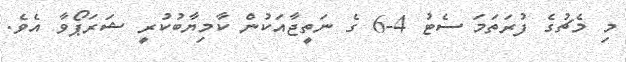
މި މެޗުގެ ފުރަތަމަ ސެޓު 4-6 ގެ ނަތީޖާއަކުން ކާމިޔާބުކުރީ ޝަރަޕޯވާ އެވެ.